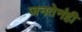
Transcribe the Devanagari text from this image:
जनतेनंही